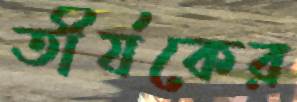
তীর্যকের